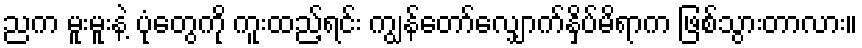
ညက မူးမူးနဲ့ ပုံတွေကို ကူးထည့်ရင်း ကျွန်တော်လျှောက်နှိပ်မိရာက ဖြစ်သွားတာလား။